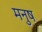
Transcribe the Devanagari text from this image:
मनुष